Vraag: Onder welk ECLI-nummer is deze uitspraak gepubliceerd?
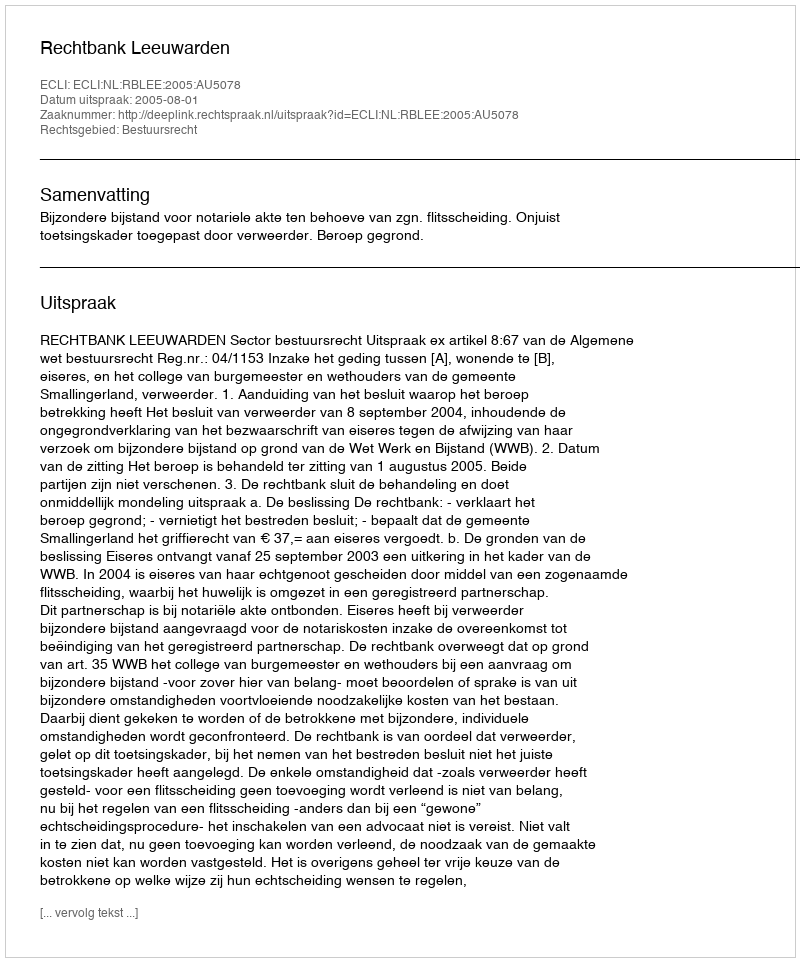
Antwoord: ECLI:NL:RBLEE:2005:AU5078